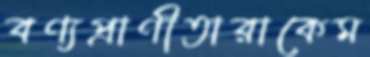
বণ্যপ্রাণীতারাকেম